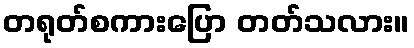
တရုတ်စကားပြော တတ်သလား။